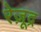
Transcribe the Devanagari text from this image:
रेज़ूद्र